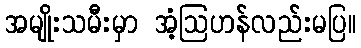
အမျိုးသမီးမှာ အံ့ဩဟန်လည်းမပြ။